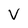
Character: V